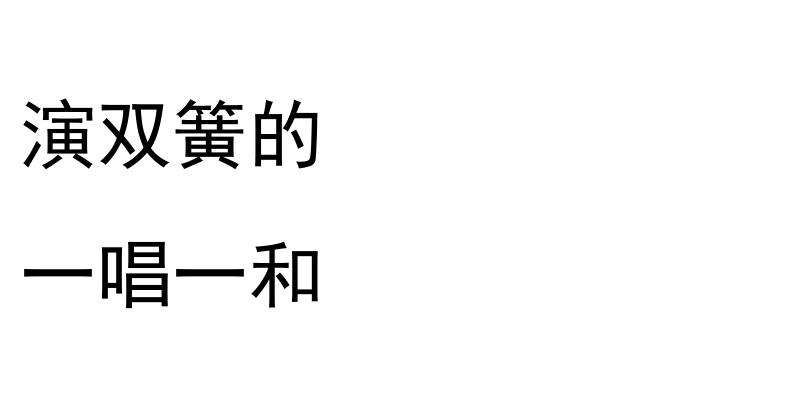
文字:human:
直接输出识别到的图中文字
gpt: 演双簧的 一唱一和